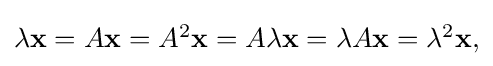
{\textstyle \lambda \mathbf {x} =A\mathbf {x} =A^{2}\mathbf {x} =A\lambda \mathbf {x} =\lambda A\mathbf {x} =\lambda ^{2}\mathbf {x} ,}